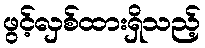
ဖွင့်လှစ်ထားရှိသည့်